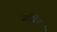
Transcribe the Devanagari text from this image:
ज़ॉरिन